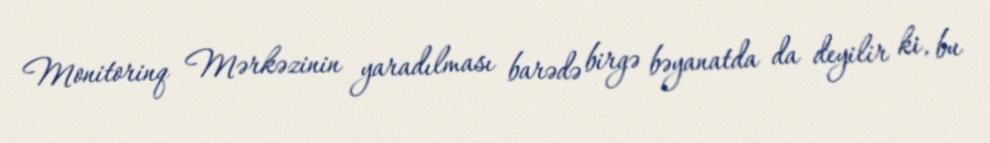
Monitorinq Mərkəzinin yaradılması barədə birgə bəyanatda da deyilir ki, bu